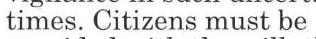
times. Citizens must be